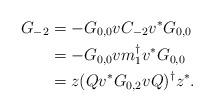
LaTeX: \begin{align*}G_{-2}&=-G_{0,0}vC_{-2}v^*G_{0,0}\\&=-G_{0,0}v m_1^{\dagger}v^*G_{0,0}\\&=z (Qv^*G_{0,2}vQ)^{\dagger}z^*.\end{align*}